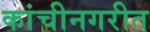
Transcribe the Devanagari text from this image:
कांचीनगरीत